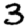
Digit: 3